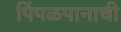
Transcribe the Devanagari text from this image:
पिंपळपानाची